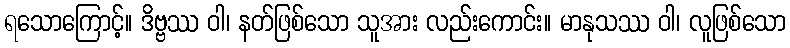
ရသောကြောင့်။ ဒိဗ္ဗဿ ဝါ၊ နတ်ဖြစ်သော သူအား လည်းကောင်း။ မာနုသဿ ဝါ၊ လူဖြစ်သော